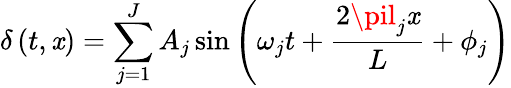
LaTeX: \delta\left(t,\mathit{x}\right)=\sum_{j=1}^{J}A_{j}\sin\left(\omega_{j}t+\frac{{2\pil_{j}\mathit{x}}}{{L}}+\phi_{j}\right)